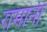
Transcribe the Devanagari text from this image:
रामांनी